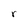
Character: r